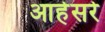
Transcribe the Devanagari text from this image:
आहेसरे